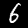
Digit: 6